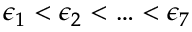
\epsilon _ { 1 } < \epsilon _ { 2 } < \ldots < \epsilon _ { 7 }